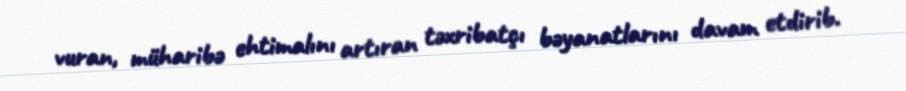
vuran, müharibə ehtimalını artıran təxribatçı bəyanatlarını davam etdirib.